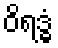
ဝိရဒ္ဓံ